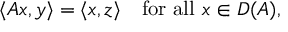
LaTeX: \langle A x , y \rangle = \langle x , z \rangle \quad { \mathrm { f o r ~ a l l ~ } } x \in D ( A ) ,